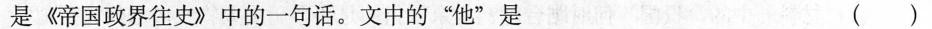
是《帝国政界往史》中的一句话。文中的”他”是 ( )